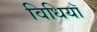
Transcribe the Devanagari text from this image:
विधियॉ